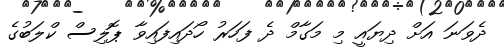
ދެވަނަ އަށް ދިޔައީ މި މަގާމް ދެ ފަހަރު ހޯދައިފައިވާ ޕޮލިސް ކްލަބުގެ